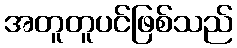
အတူတူပင်ဖြစ်သည်